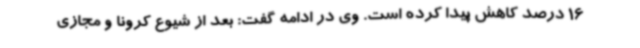
16 درصد کاهش پیدا کرده است. وی در ادامه گفت: بعد از شیوع کرونا و مجازی